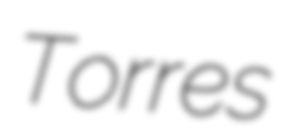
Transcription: Torres